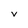
Character: V